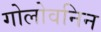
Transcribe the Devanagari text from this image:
गोलोवनिन